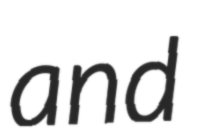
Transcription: and